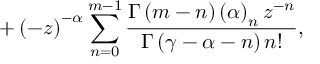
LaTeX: + \left( - z \right) ^ { - \alpha } \sum _ { n = 0 } ^ { m - 1 } \frac { \Gamma \left( m - n \right) \left( \alpha \right) _ { n } z ^ { - n } } { \Gamma \left( \gamma - \alpha - n \right) n ! } ,